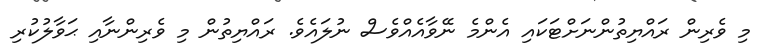
މި ވެރިން ރައްޔިތުންނަށްޓަކައި އެންމެ ނޭވާއެއްވެސް ނުލައެވެ. ރައްޔިތުން މި ވެރިންނާއި ޙަވާލުކުރި